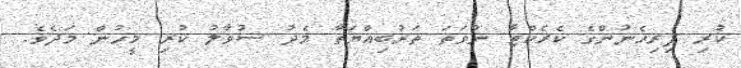
ކުރި ފިރިހެނުންގެ ކެރެކްޓާ ނުވަތަ ތަރުބިއްޔަތާ މެދު ސުވާލު ކުރި މީހުން މަދެވެ.